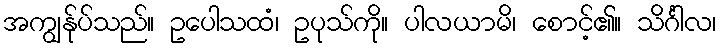
အကျွန်ုပ်သည်။ ဥပေါသထံ၊ ဥပုသ်ကို။ ပါလယာမိ၊ စောင့်၏။ သိင်္ဂါလ၊